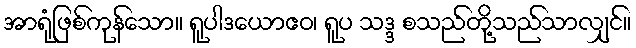
အာရုံဖြစ်ကုန်သော။ ရူပါဒယောဧဝ၊ ရူပ သဒ္ဒ စသည်တို့သည်သာလျှင်။